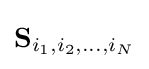
\mathbf {S} _{i_{1},i_{2},\ldots ,i_{N}}